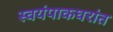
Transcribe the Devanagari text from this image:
स्वयंपाकघरांत